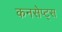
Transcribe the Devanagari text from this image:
कनसेप्ट्स